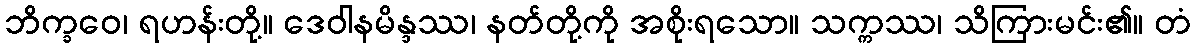
ဘိက္ခဝေ၊ ရဟန်းတို့။ ဒေဝါနမိန္ဒဿ၊ နတ်တို့ကို အစိုးရသော။ သက္ကဿ၊ သိကြားမင်း၏။ တံ